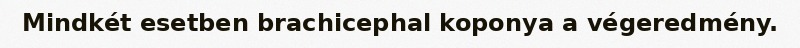
Mindkét esetben brachicephal koponya a végeredmény.